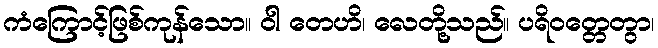
ကံကြောင့်ဖြစ်ကုန်သော။ ဝါ တေဟိ၊ လေတို့သည်။ ပရိဝတ္တေတွာ၊